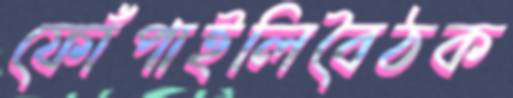
ফোঁপাইলিবৈঠক